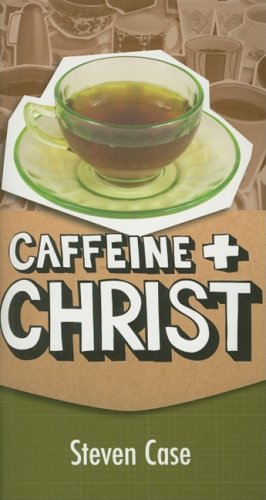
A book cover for Caffeine and Christ; Steve L. Case; Health, Fitness & Dieting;